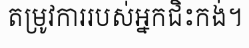
តម្រូវការរបស់អ្នកជិះកង់។